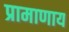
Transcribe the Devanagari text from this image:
प्रामाणाय